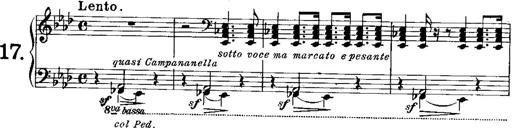
Title: Miserere du Trovatore
Composer: Franz Liszt